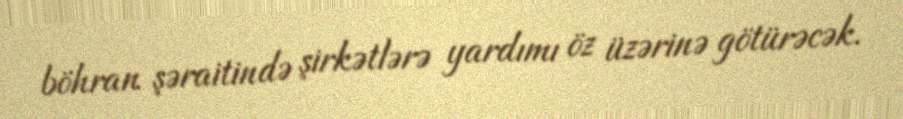
böhran şəraitində şirkətlərə yardımı öz üzərinə götürəcək.